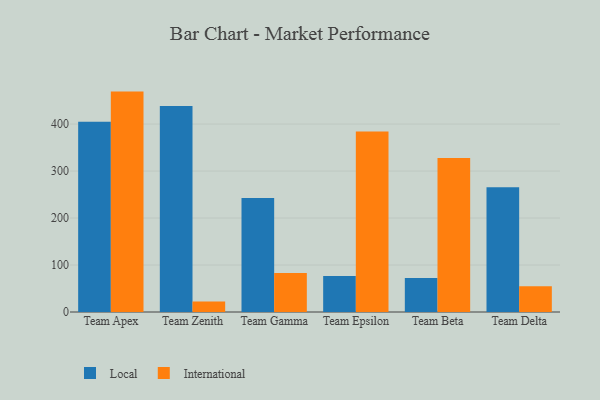
{"axis": {"x": "Team", "y": "Net Income (USD K)"}, "legend": ["International", "Local"], "data": [{"x": "Team Apex", "y": 405.0, "type": "Local"}, {"x": "Team Apex", "y": 469.1, "type": "International"}, {"x": "Team Zenith", "y": 438.3, "type": "Local"}, {"x": "Team Zenith", "y": 22.6, "type": "International"}, {"x": "Team Gamma", "y": 242.5, "type": "Local"}, {"x": "Team Gamma", "y": 83.1, "type": "International"}, {"x": "Team Epsilon", "y": 76.8, "type": "Local"}, {"x": "Team Epsilon", "y": 384.4, "type": "International"}, {"x": "Team Beta", "y": 72.5, "type": "Local"}, {"x": "Team Beta", "y": 327.7, "type": "International"}, {"x": "Team Delta", "y": 265.5, "type": "Local"}, {"x": "Team Delta", "y": 54.6, "type": "International"}]}